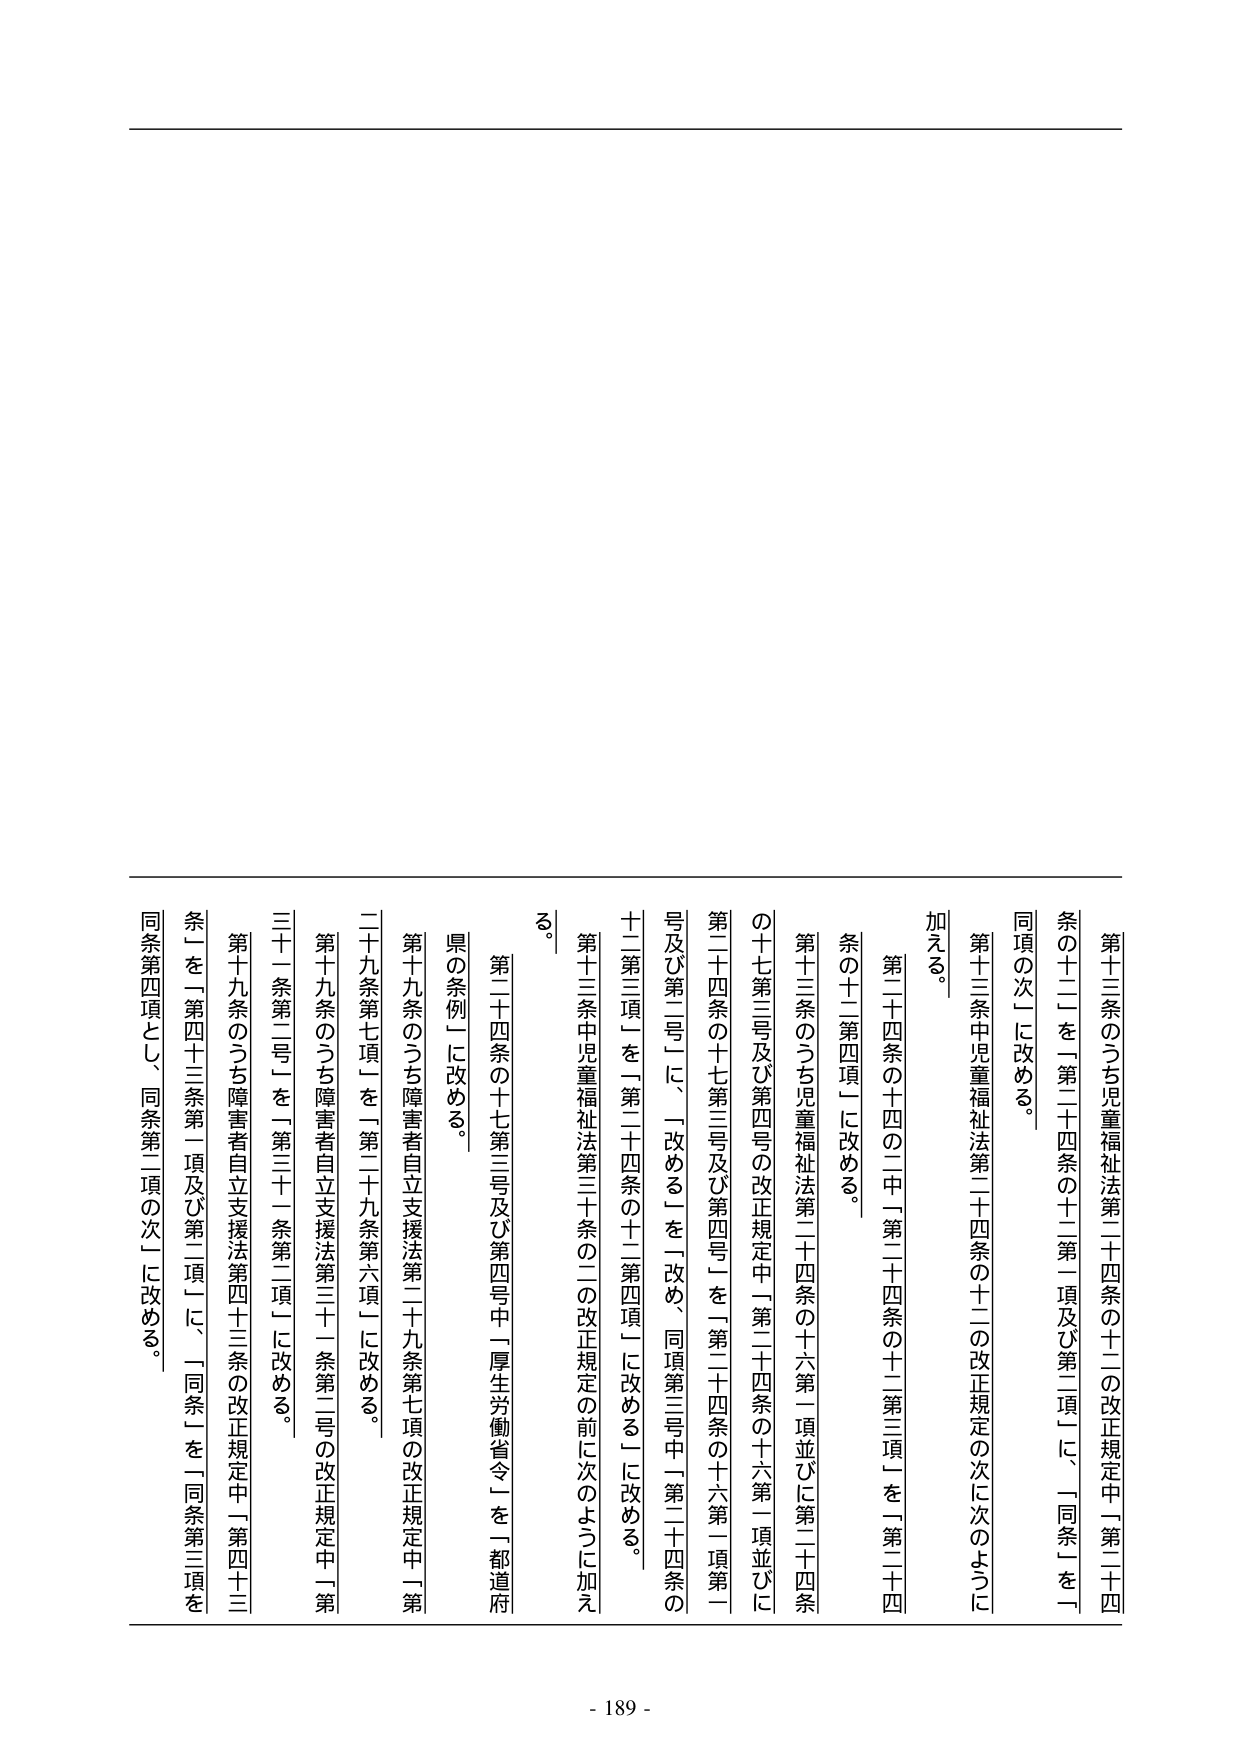
第十三条のうち児童福祉法第二十四条の十二の改正規定中「第二十四条の十二」を「第二十四条の十二第一項及び第二項」に、「同条」を「同項の次」に改める。

第十三条中児童福祉法第二十四条の十二の改正規定の次に次のように加える。

第二十四条の十四の二中「第二十四条の十二第三項」を「第二十四条の十二第四項」に改める。

第十三条のうち児童福祉法第二十四条の十六第一項並びに第二十四条の十七第三号及び第四号の改正規定中「第二十四条の十六第一項並びに第二十四条の十七第三号及び第四号」を「第二十四条の十六第一項第一号及び第二号」に、「改める」を「改め、同項第三号中「第二十四条の十二第三項」を「第二十四条の十二第四項」に改める」に改める。

第十三条中児童福祉法第三十条の二の改正規定の前に次のように加える。

第二十四条の十七第三号及び第四号中「厚生労働省令」を「都道府県の条例」に改める。

第十九条のうち障害者自立支援法第二十九条第七項の改正規定中「第二十九条第七項」を「第二十九条第六項」に改める。

第十九条のうち障害者自立支援法第三十一条第二号の改正規定中「第三十一条第二号」を「第三十一条第二項」に改める。

第十九条のうち障害者自立支援法第四十三条の改正規定中「第四十三条」を「第四十三条第一項及び第二項」に、「同条」を「同条第三項を同条第四項とし、同条第二項の次」に改める。